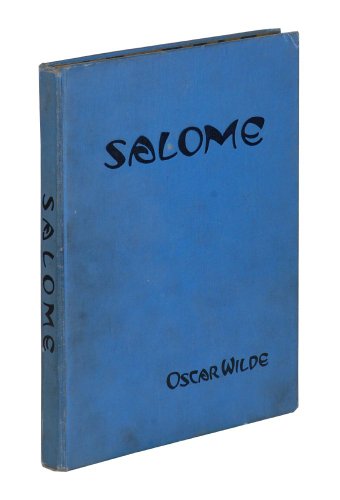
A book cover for Salome;: A tragedy in one act,; Oscar Wilde; Literature & Fiction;